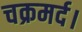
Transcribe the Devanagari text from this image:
चक्रमर्द।